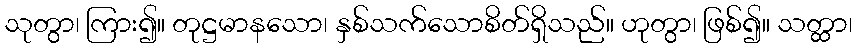
သုတွာ၊ ကြား၍။ တုဋ္ဌမာနသော၊ နှစ်သက်သောစိတ်ရှိသည်။ ဟုတွာ၊ ဖြစ်၍။ သတ္ထာ၊